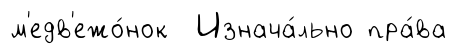
м'едв'ежо́нок Изнача́льно пра́ва